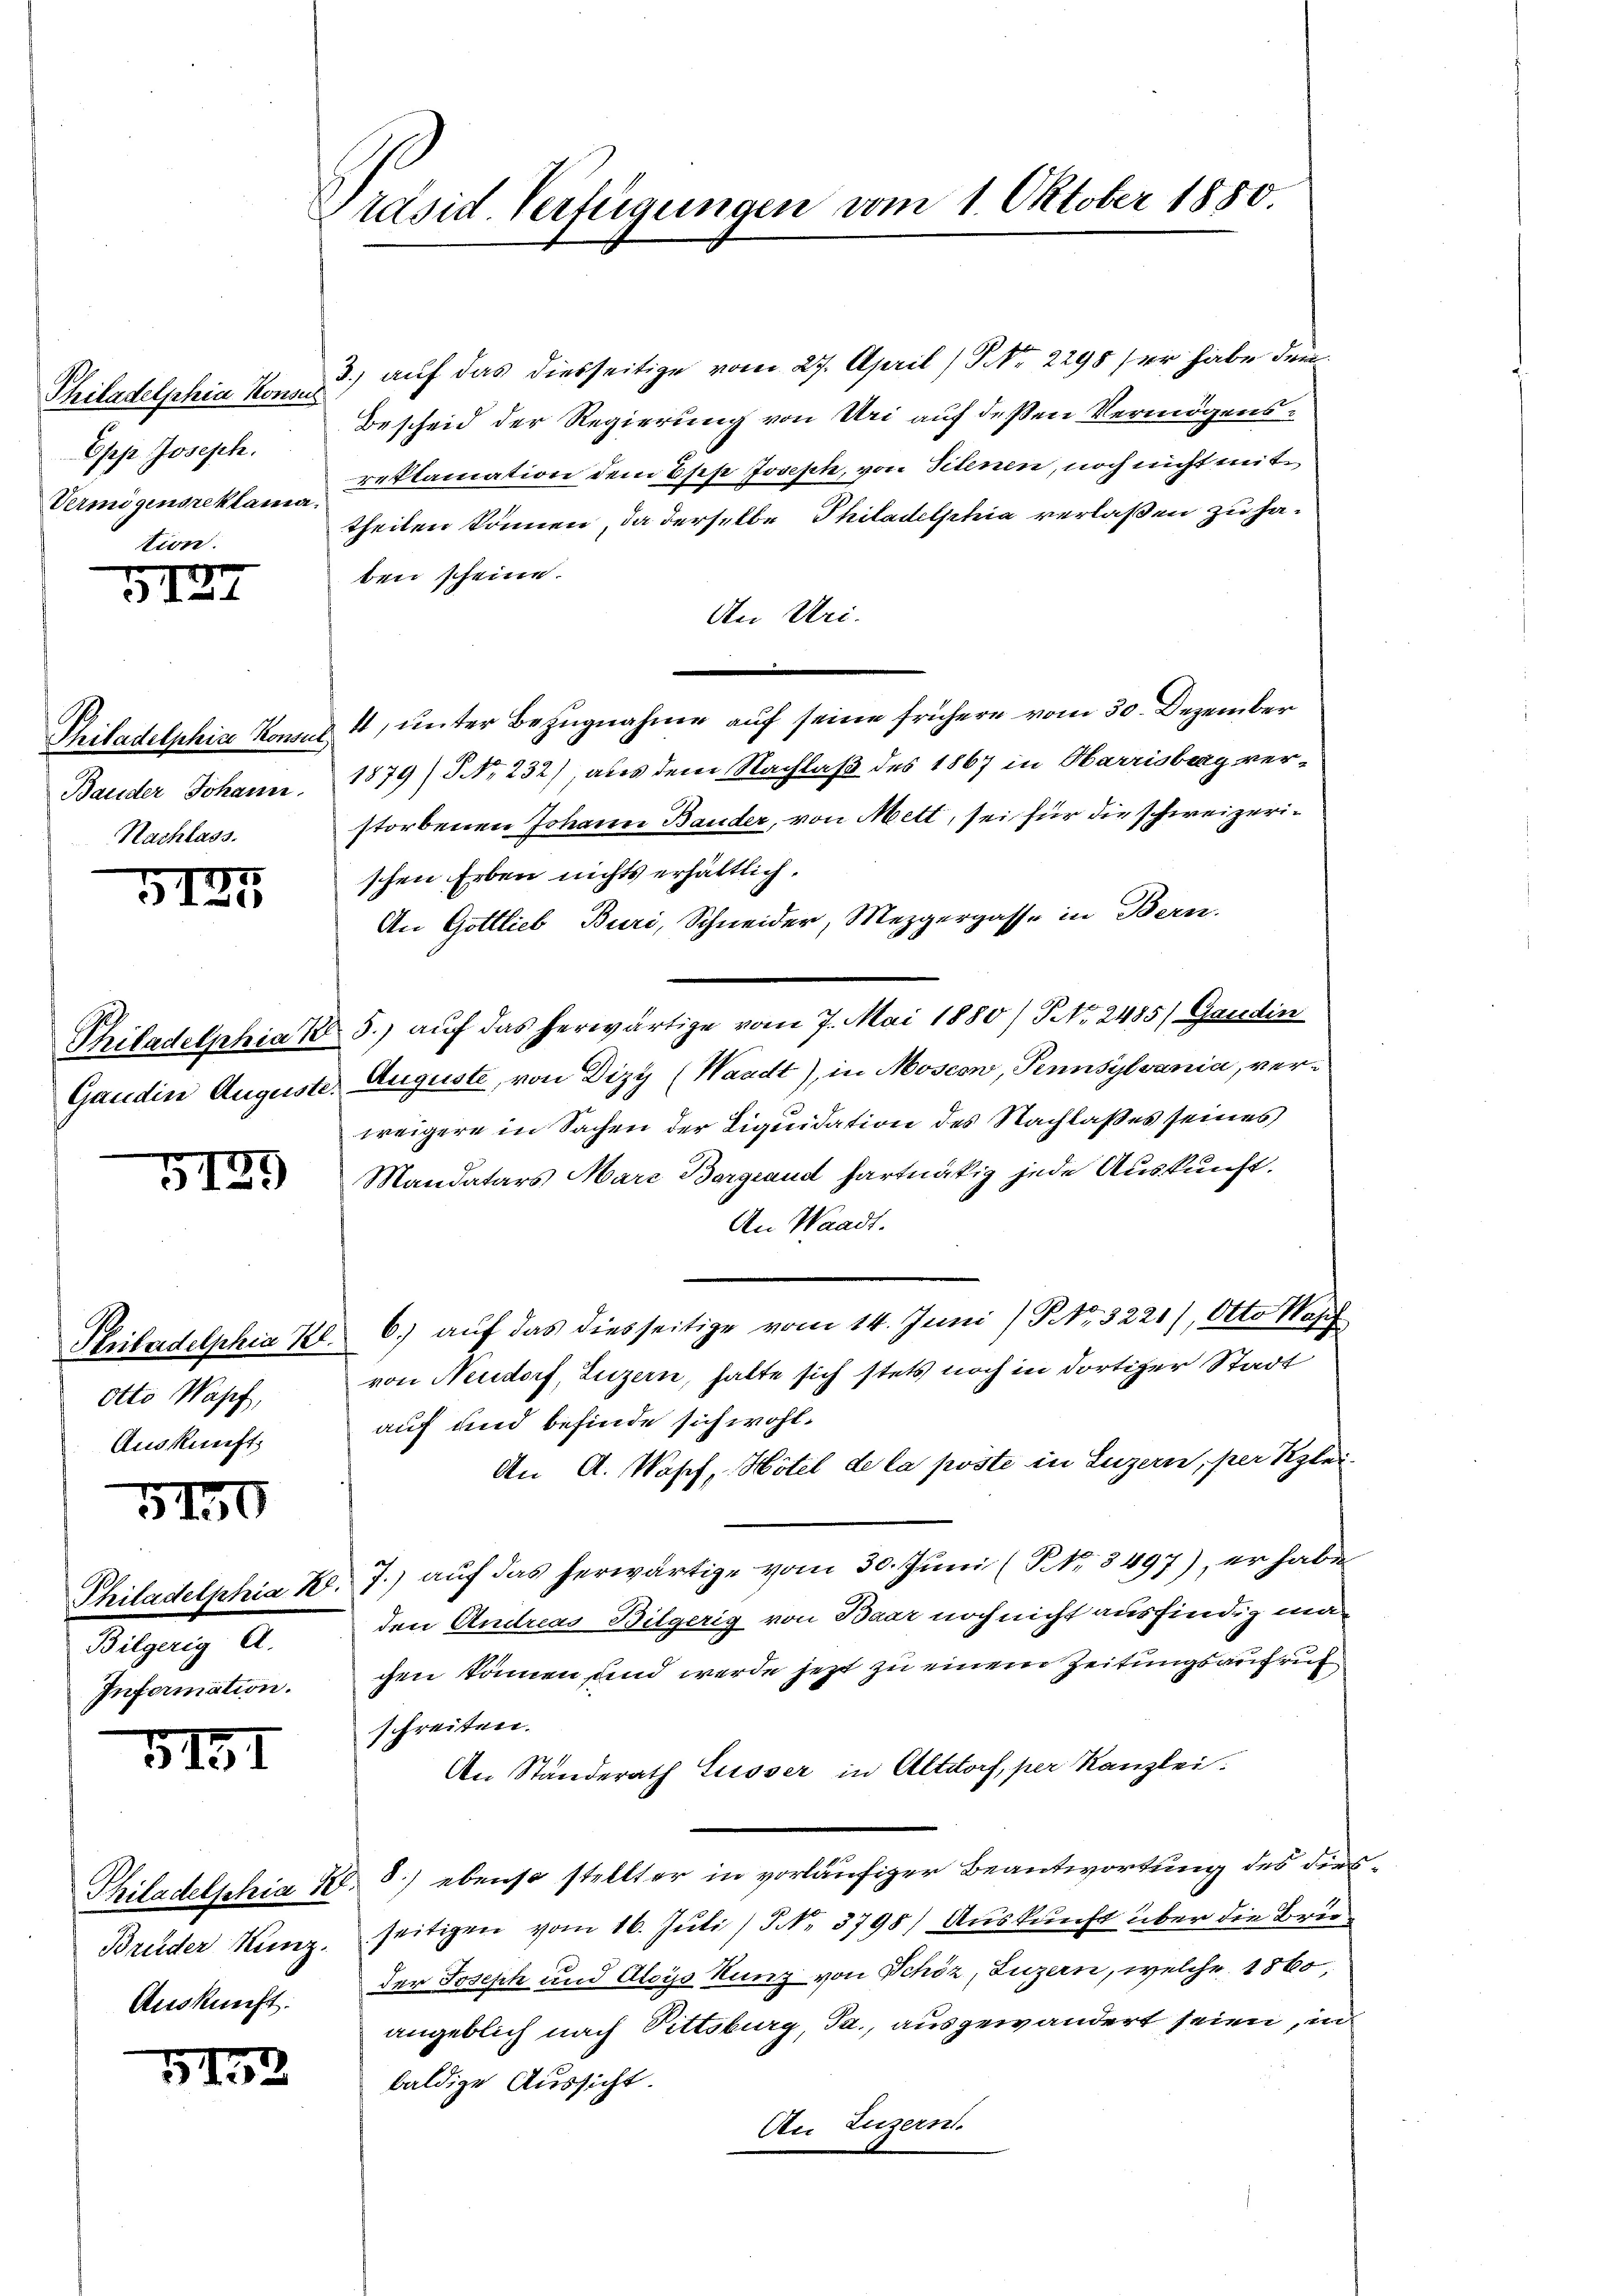
Philadelphia Konse
Epp. Joseph.
Vermögensreklama
tion.

1
5

Bauder Johann
Nachlass.

3125

5135

Otto Wasch,
Auskunft

5130

3.) auf das diesseitige vom 27. April (NNo. 2298 ser habe den
e
Bescheid der Regierung von Uri auf deßen Vermögensreklamation dem Ehese Joseph, von Sitenen, noch nicht mit
a.
theilen können, da derselbe Philadelphia verlaßen zu haben scheine.
An Uri.
Philadelphiae Konone 4, unter Bezugnahme auf seine frühere vom 30. Dezember
1879) S. 232), aber dem Nachlaß des 1867 in Harrisberg verstorbenen Johann Bauder, von Mett, sei für die schweizerischen Erben nichts erhältlich.
An Gottlieb Buri, Schneider, Mezgergasse in Bern.
Philadelphia 18 5.) auf das herwärtige vom 7. Mai 1880/ NNo. 2485) Gandin
Gaudin Auguste. Auguste, von Dizy (Waadt), in Moscon, Pennsylvania, verweigere in Sachen der Liquidation des Nachlaßes seines
Mandatars Marz Bergrand hartnäckig jede Auskunft.
An Waadt.
Priladelphia Zl. 6.) auf das diesseitige vom 14. Juni / NNo. 8221), Otto Hopf
von Neudorf, Luzern, halte sich stets noch in dortiger Stadt
auf und befinde sich wohl¬
An A. Wosch, Hotel de la poste in Luzern, per Klei-
Philadelphia k. J.) auf das herwärtige vom 30. Juni (NNo. 3497), er habe
den Andreas Bilgerig von Baar noch nicht ausfindig machen können und werde jetzt zu einem Zeitungsaufruf
schreiten.
An Ständerath Susser in Altdorf, per Kanzlei.
Thiladelschia R. 8) ebenso stellter in vorläufiger Beantwortung des dies¬
Brüder Kunz, seitigen vom 16. Juli/ NNo. 3798) Auskunft über die Brüder Joseph und Aloys Kunz von Schöz, Luzern, welche 1860,
angeblich nach Pittsburg, Ja., ausgewandert seien, in
baldige Aussicht.
An Luzern.

Bilgerig A.
Information.

5131

Auskunft.

3173

Präsid. Verfügungen vom 1. Oktober 1880.